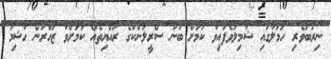
ނިރުބަވެރި ހަމަލާގައި ޝާމިލުވެފައިވާ ކަމަށް ބުނާ ސްރީލަންކާގެ ރައްޔިތެއް ކަމަށްވާ ޒަހްރަން ހާޝިމު